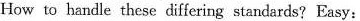
How to handle these differing standards? Easy: